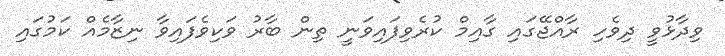
ވިދާޅުވީ ދިވެހި ރާއްޖޭގައި ގާއިމް ކުރެވިފައިވަނީ ތިން ބާރު ވަކިވެފައިވާ ނިޒާމެއް ކަމުގައި